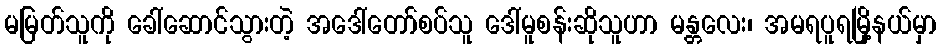
မမြတ်သူကို ခေါ်ဆောင်သွားတဲ့ အဒေါ်တော်စပ်သူ ဒေါ်မူစန်းဆိုသူဟာ မန္တလေး၊ အမရပူရမြို့နယ်မှာ